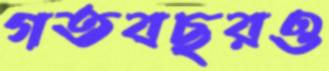
গতবছরও